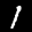
Label: 1